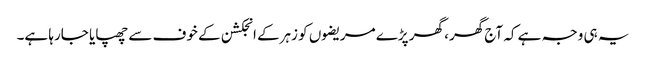
یہ ہی وجہ ہے کہ آج گھر، گھر پڑے مریضوں کو زہرکے انجکشن کے خوف سے چھپایا جارہا ہے۔